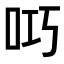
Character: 𫩟